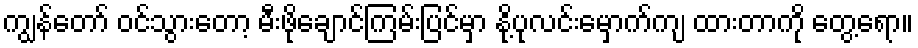
ကျွန်တော် ဝင်သွားတော့ မီးဖိုချောင်ကြမ်းပြင်မှာ နို့ပုလင်းမှောက်ကျ ထားတာကို တွေ့ရော။